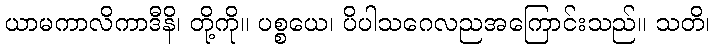
ယာမကာလိကာဒီနိ၊ တို့ကို။ ပစ္စယေ၊ ပိပါသဂေလညအကြောင်းသည်။ သတိ၊